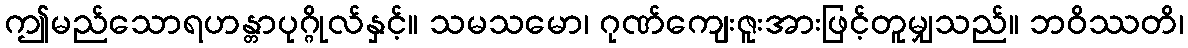
ဤမည်သောရဟန္တာပုဂ္ဂိုလ်နှင့်။ သမသမော၊ ဂုဏ်ကျေးဇူးအားဖြင့်တူမျှသည်။ ဘဝိဿတိ၊